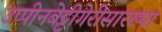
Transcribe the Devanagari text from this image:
उप्पीनबेट्टीगेरीसारख्या